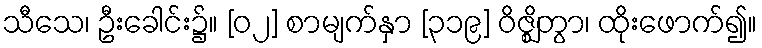
သီသေ၊ ဦးခေါင်း၌။ [၀၂] စာမျက်နှာ [၃၁၉] ဝိဇ္ဈိတွာ၊ ထိုးဖောက်၍။